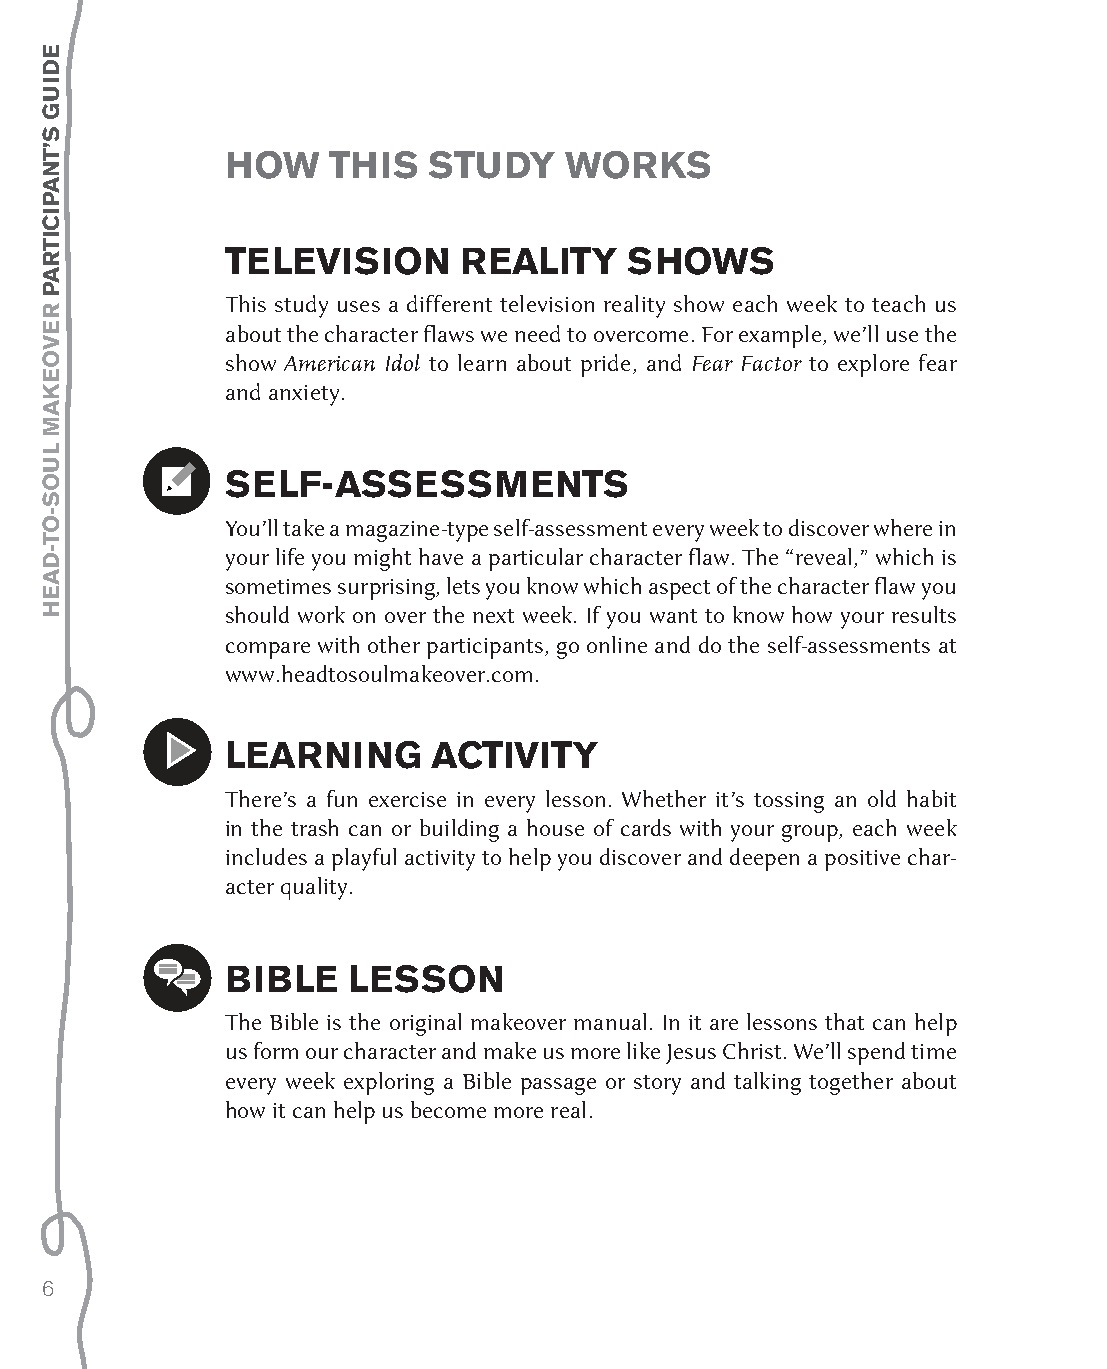
hoW    thIs  stuDy    Works
 televIsIon     realIty     shoWs
 This study uses a different television reality show each week to teach us
 about the character flaws we need to overcome. For example, we’ll use the
 show American Idol to learn about pride, and Fear Factor to explore fear
 and anxiety.
 self-assessMents
 You’ll take a magazine-type self-assessment every week to discover where in
 your life you might have a particular character flaw. The “reveal,” which is
 sometimes surprising, lets you know which aspect of the character flaw you
 should work on over the next week. If you want to know how your results
 compare with other participants, go online and do the self-assessments at
 www.headtosoulmakeover.com.
 learnInG      aCtIvIty
 There’s a fun exercise in every lesson. Whether it’s tossing an old habit
 in the trash can or building a house of cards with your group, each week
 includes a playful activity to help you discover and deepen a positive char-
 acter quality.
 BIBle   lesson
 The Bible is the original makeover manual. In it are lessons that can help
 us form our character and make us more like Jesus Christ. We’ll spend time
 every week exploring a Bible passage or story and talking together about
 how it can help us become more real.
 6
 eDIuG
 s’tnapICItrap
 revoekaM
 luos-ot-Daeh